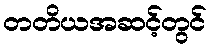
တတိယအဆင့်တွင်